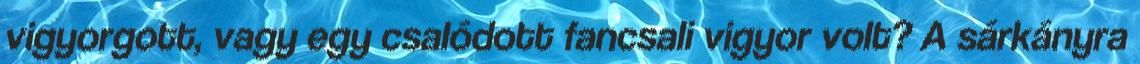
vigyorgott, vagy egy csalódott fancsali vigyor volt? A sárkányra